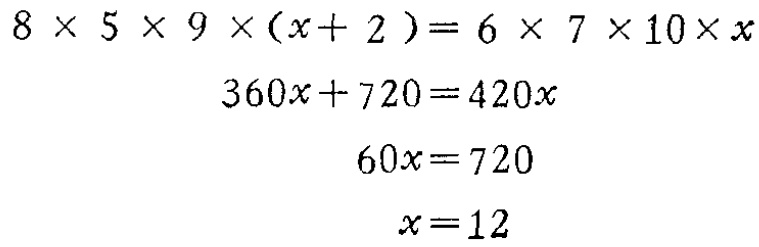
\[

\begin{align*}

8\times5\times9\times(x + 2)&=6\times7\times10\times x\\

360x+720&=420x\\

60x&=720\\

x&=12

\end{align*}

\]